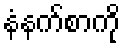
နံနက်စာကို